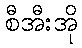
စီအီးအို